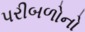
પરીબળોનો